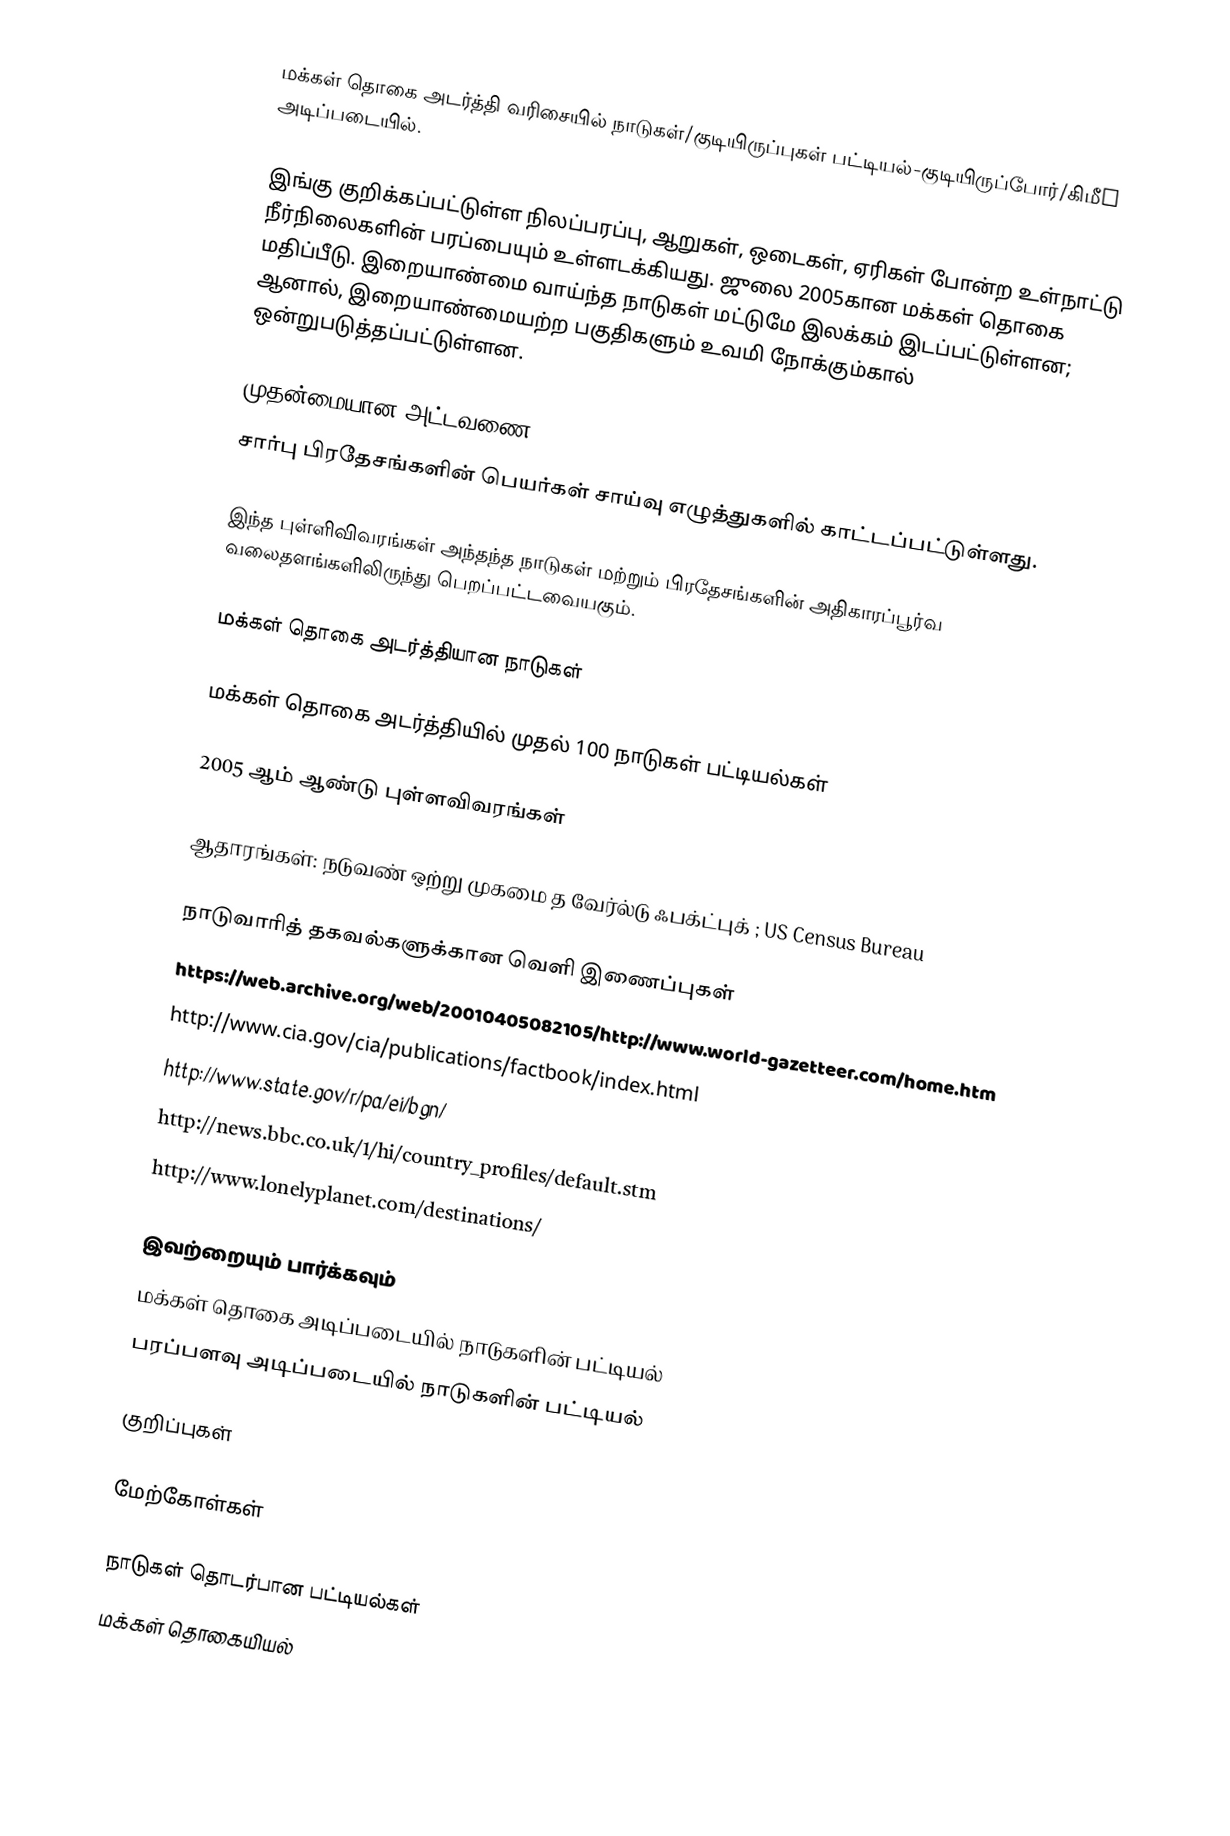
மக்கள் தொகை அடர்த்தி வரிசையில் நாடுகள்/குடியிருப்புகள் பட்டியல்-குடியிருப்போர்/கிமீ² அடிப்படையில்.

இங்கு குறிக்கப்பட்டுள்ள நிலப்பரப்பு, ஆறுகள், ஒடைகள், ஏரிகள் போன்ற உள்நாட்டு நீர்நிலைகளின் பரப்பையும் உள்ளடக்கியது. ஜுலை 2005கான மக்கள் தொகை மதிப்பீடு. இறையாண்மை வாய்ந்த நாடுகள் மட்டுமே இலக்கம் இடப்பட்டுள்ளன; ஆனால், இறையாண்மையற்ற பகுதிகளும் உவமி நோக்கும்கால் ஒன்றுபடுத்தப்பட்டுள்ளன.

முதன்மையான அட்டவணை
சார்பு பிரதேசங்களின் பெயர்கள் சாய்வு எழுத்துகளில் காட்டப்பட்டுள்ளது.

இந்த புள்ளிவிவரங்கள் அந்தந்த நாடுகள் மற்றும் பிரதேசங்களின் அதிகாரப்பூர்வ வலைதளங்களிலிருந்து பெறப்பட்டவையகும்.

மக்கள் தொகை அடர்த்தியான நாடுகள்

மக்கள் தொகை அடர்த்தியில் முதல் 100 நாடுகள் பட்டியல்கள்

2005 ஆம் ஆண்டு புள்ளவிவரங்கள்

ஆதாரங்கள்: நடுவண் ஒற்று முகமை த வேர்ல்டு ஃபக்ட்புக்  ; US Census Bureau

நாடுவாரித் தகவல்களுக்கான வெளி இணைப்புகள்
 https://web.archive.org/web/20010405082105/http://www.world-gazetteer.com/home.htm
 http://www.cia.gov/cia/publications/factbook/index.html
 http://www.state.gov/r/pa/ei/bgn/
 http://news.bbc.co.uk/1/hi/country_profiles/default.stm
 http://www.lonelyplanet.com/destinations/

இவற்றையும் பார்க்கவும்
 மக்கள் தொகை அடிப்படையில் நாடுகளின் பட்டியல்
 பரப்பளவு அடிப்படையில் நாடுகளின் பட்டியல்

குறிப்புகள்

மேற்கோள்கள்

நாடுகள் தொடர்பான பட்டியல்கள்
மக்கள் தொகையியல்